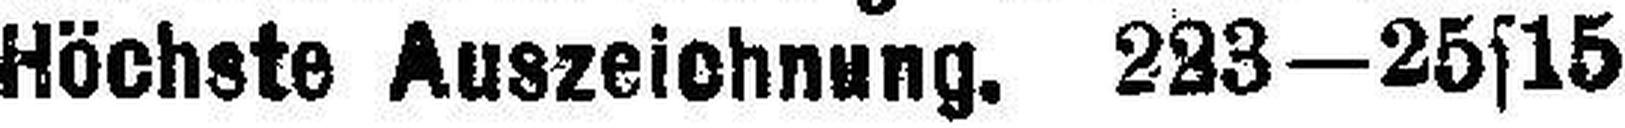
Höchste Auszeichnung. 223—25s15